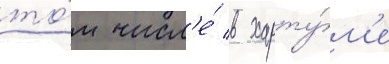
то́м числ'е́ в харту́м'е